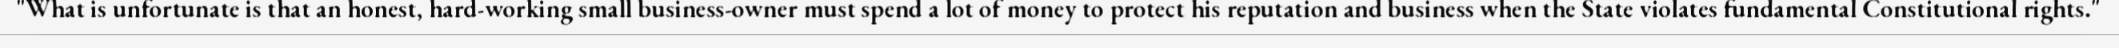
"What is unfortunate is that an honest, hard-working small business-owner must spend a lot of money to protect his reputation and business when the State violates fundamental Constitutional rights."